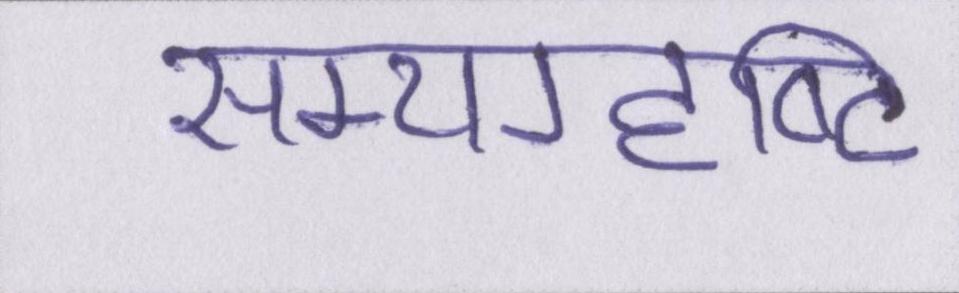
सम्यग्दृष्टि